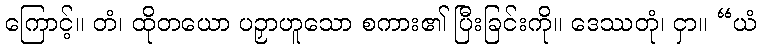
ကြောင့်။ တံ၊ ထိုတယော ပဉှာဟူသော စကား၏ ပြီးခြင်းကို။ ဒေဿတုံ၊ ငှာ။ “ယံ